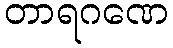
တာရဂဏေ